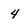
Character: 4